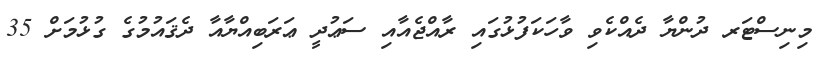
މިނިސްޓަރ ދުންޔާ ދެއްކެވި ވާހަކަފުޅުގައި ރާއްޖެއާއި ސަޢުދީ ޢަރަބިއްޔާއާ ދެޤައުމުގެ ގުޅުމަށް 35